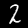
Digit: 2